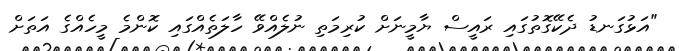
"އަޅުގަނޑު ދެކޭގޮތުގައި ރައީސް ޔާމީނަށް ކުރިމަތި ނުލެއްވޭ ހާލަތެއްގައި ކޮންމެ މީހެއްގެ އަތަށް